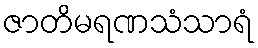
ဇာတိမရဏသံသာရံ